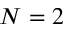
N = 2